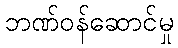
ဘဏ်ဝန်ဆောင်မှု